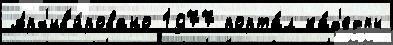
Арх'ив'и́ровано 1977 порта́л ка́ф'едры